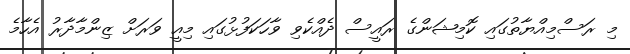
މި ރަސްމިއްޔާތުގައި ކޮމިޝަންގެ ރައީސް ދެއްކެވި ވާހަކަފުޅުގައި މިއީ ވަރަށް ޒިންމާދާރު އެހާމެ